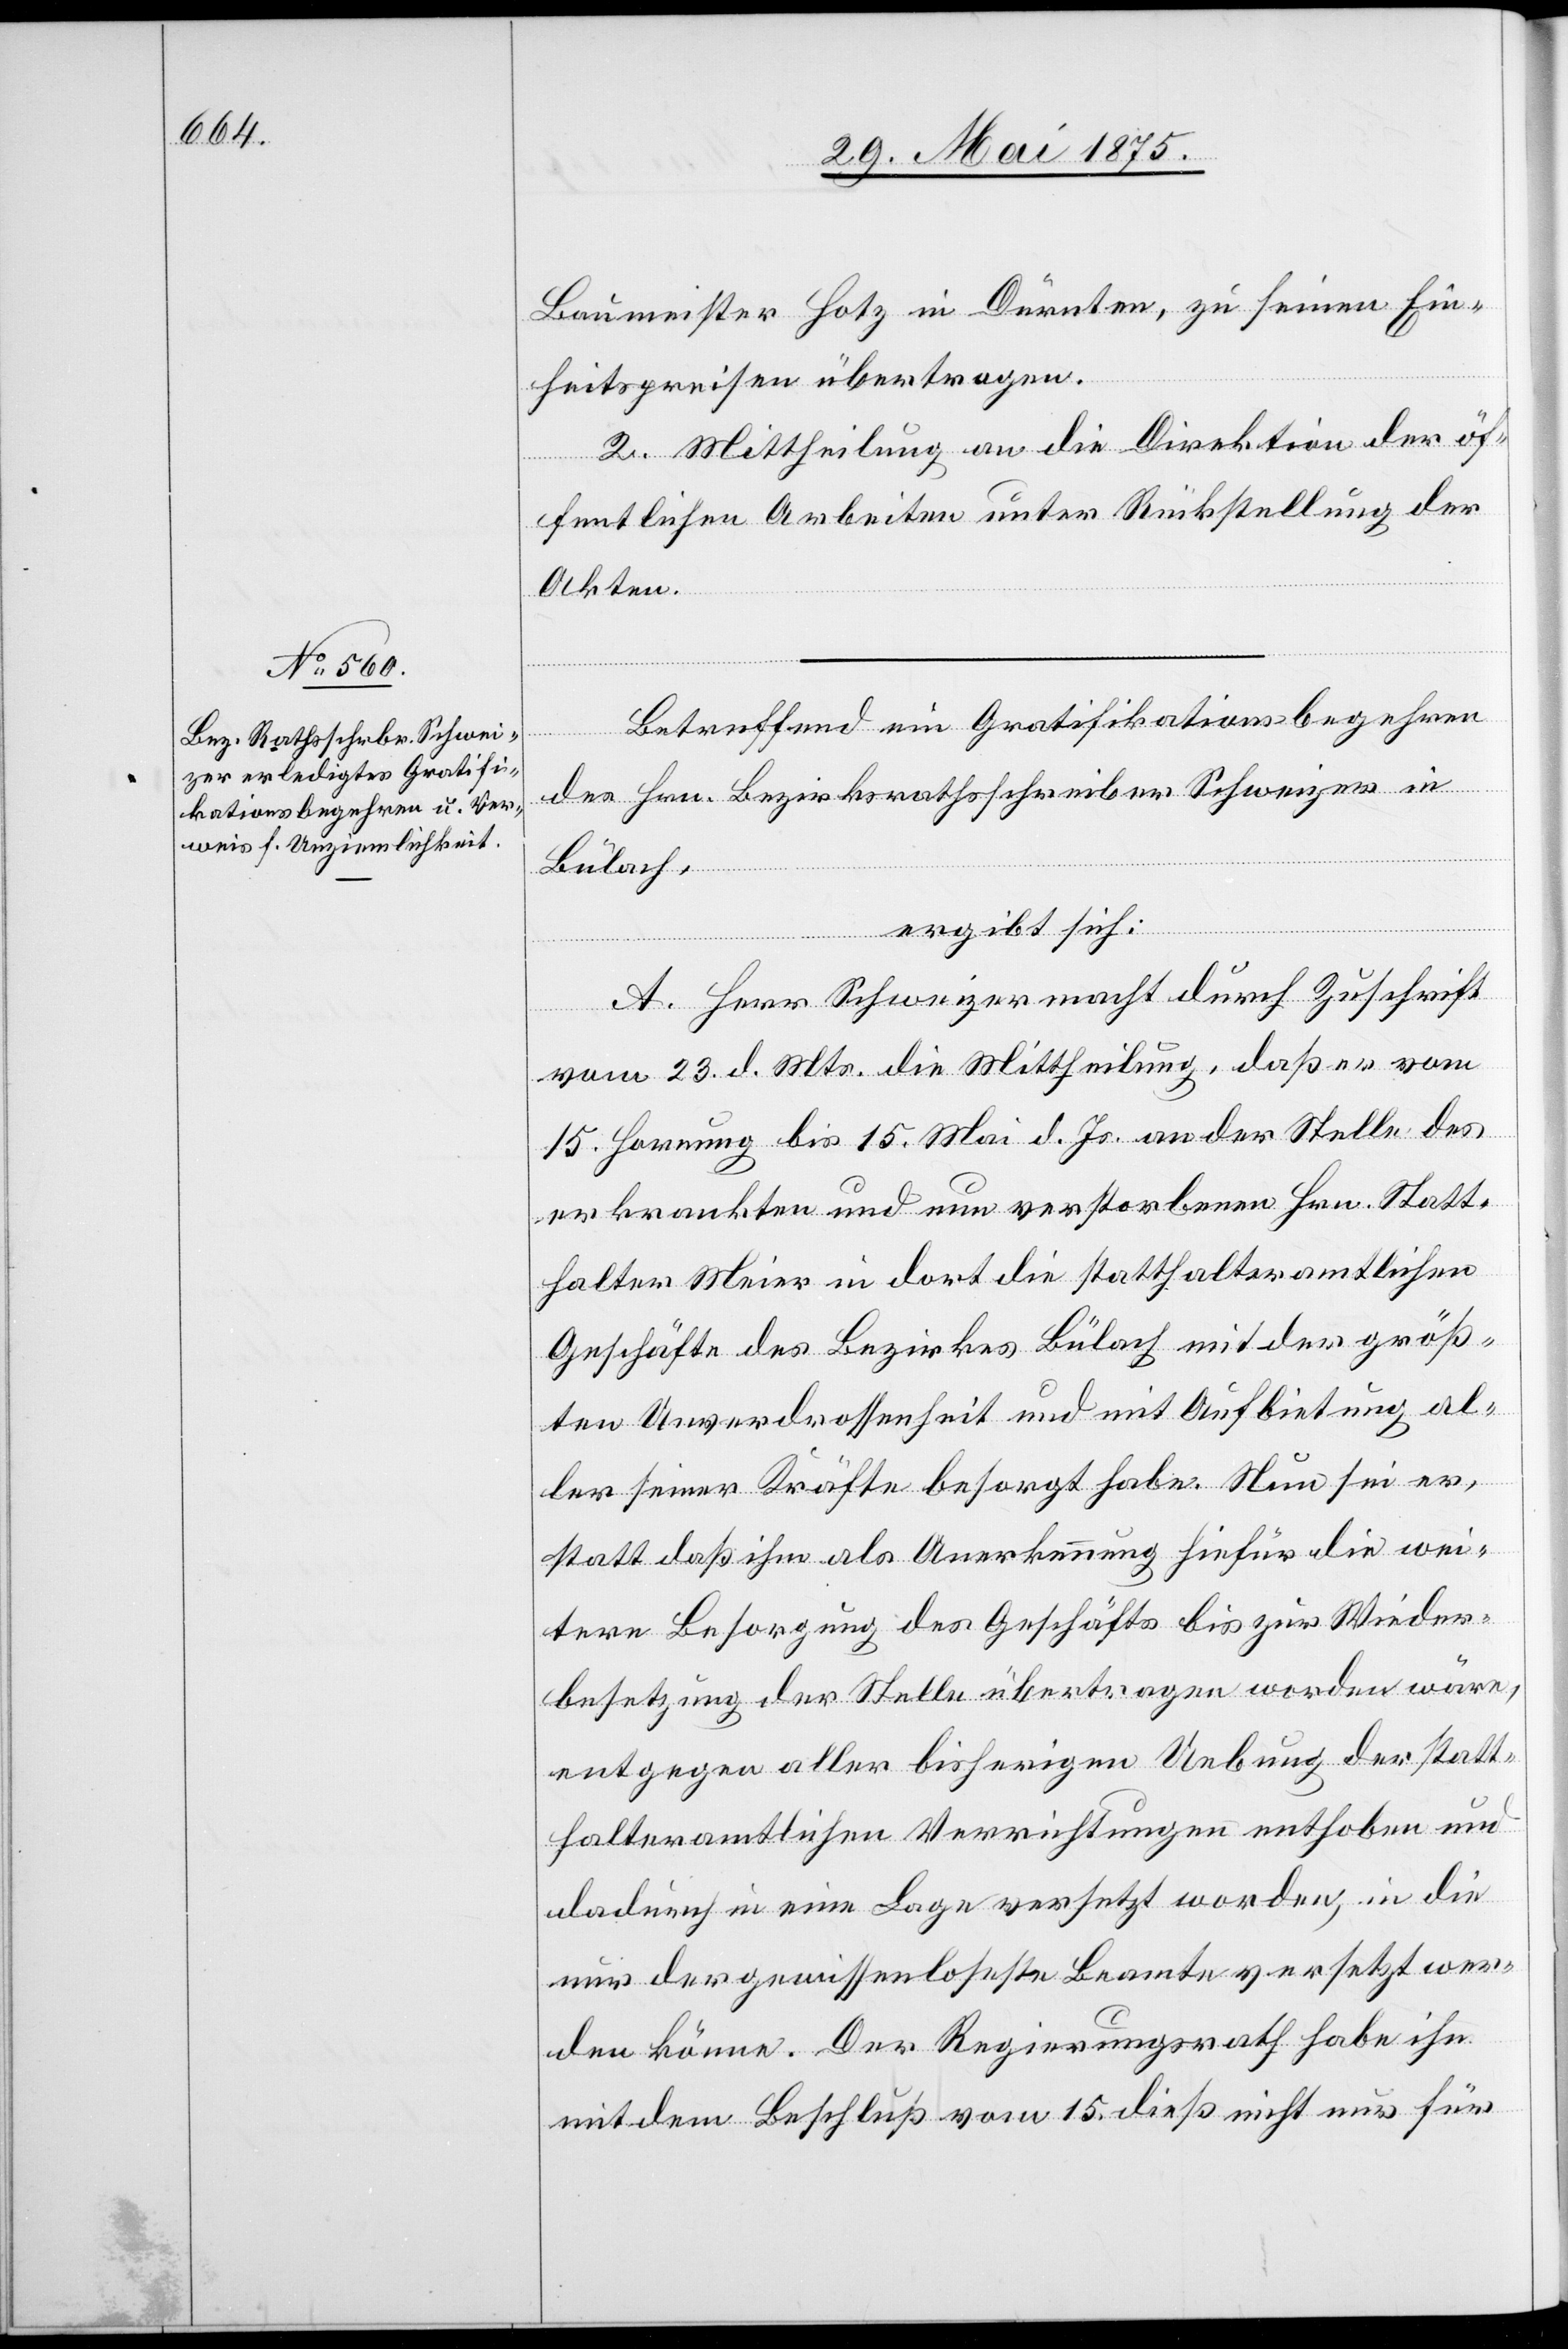
Baumeister Hotz in Dürnten, zu seinen Ein¬
heitspreisen übertragen.
2. Mittheilung an die Direktion der öf¬
fentlichen Arbeiten unter Rückstellung der
Akten.
Betreffend ein Gratifikationsbegehren
das Hrn. Bezirksrathsschreiber Schweizer in
Bülach,
ergibt sich:
A. Herr Schweizer macht durch Zuschrift
vom 23. d. Mts. die Mittheilung, daß er vom
15. Hornung bis 15. Mai d. Js. an der Stelle des
erkrankten und nun verstorbenen Hrn. Statt¬
halter Meier in dort die statthalteramtlichen
Geschäfte des Bezirkes Bülach mit der größ¬
ten Unverdrossenheit und mit Aufbietung al¬
ler seiner Kräfte besorgt habe. Nun sei er,
statt daß ihm als Anerkennung hiefür die wei¬
tere Besorgung des Geschäfts bis zur Wieder¬
besetzung der Stelle übertragen worden wäre,
entgegen aller bisherigen Uebung der statt¬
halteramtlichen Verrichtungen enthoben und
dadurch in eine Lage versetzt worden, in die
nur der gewissenloseste Beamte versetzt wer¬
den könne. Der Regierungsrath habe ihn
mit dem Beschluß vom 15. dieß nicht nur für